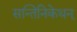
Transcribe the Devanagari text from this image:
सन्तिनिकेथन्